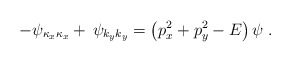
\begin{align*}-\psi_{\kappa_x \kappa_x} + \, \psi_{k_y k_y} =\left( p^2_x + p^2_y - E \right) \psi \; .\end{align*}